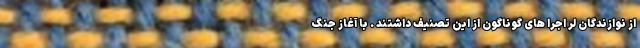
از نوازندگان لر اجرا های گوناگون از این تصنیف داشتند . با آغاز جنگ